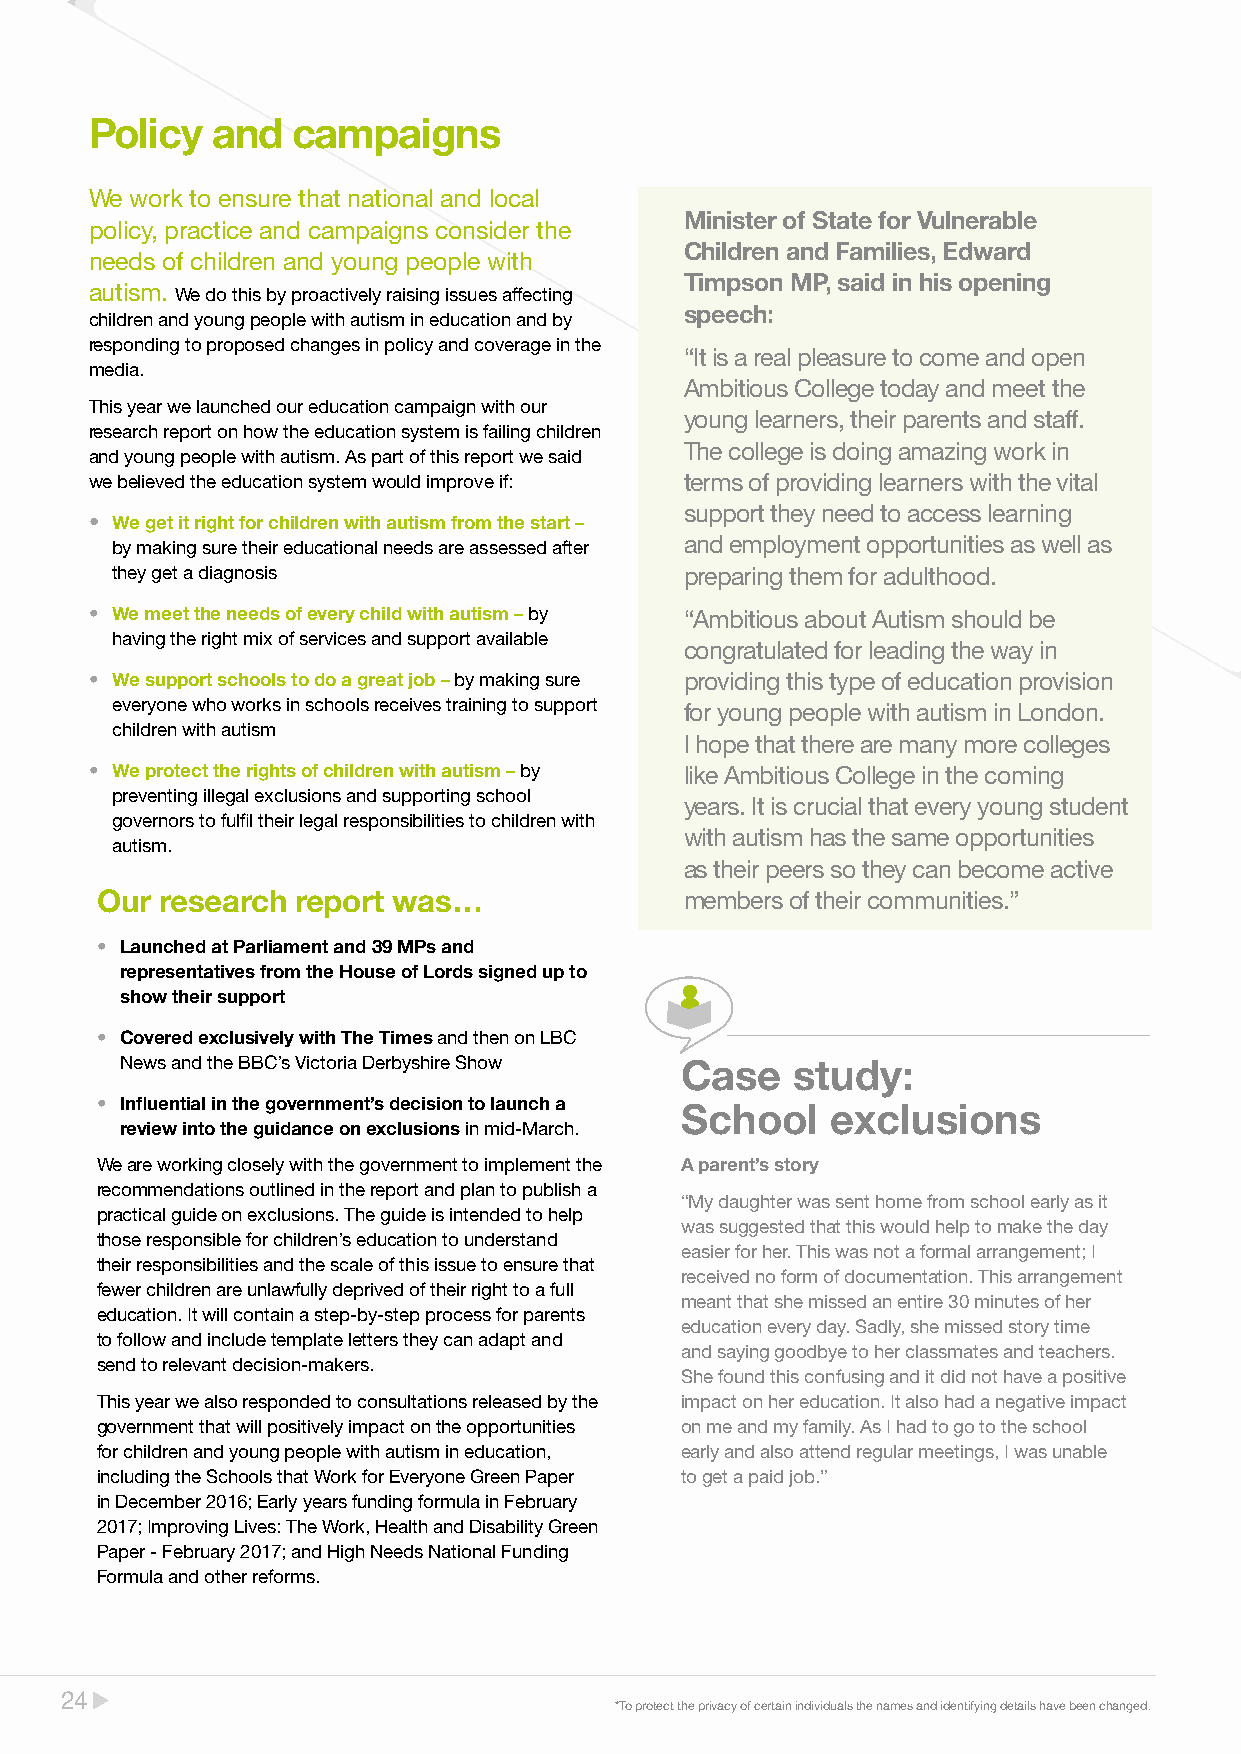
Policy  and  campaigns
 We work to ensure that national and local
 Minister of State for Vulnerable
 policy, practice and campaigns consider the
 Children and Families, Edward
 needs of children and young people with
 Timpson MP, said in his opening
 autism. We do this by proactively raising issues affecting
 speech:
 children and young people with autism in education and by
 responding to proposed changes in policy and coverage in the
 “It is a real pleasure to come and open
 media.
 Ambitious College today and meet the
 This year we launched our education campaign with our
 young learners, their parents and staff.
 research report on how the education system is failing children
 The college is doing amazing work in
 and young people with autism. As part of this report we said
 we believed the education system would improve if: terms of providing learners with the vital
 support they need to access learning
 • We get it right for children with autism from the start –
 by making sure their educational needs are assessed after and employment opportunities as well as
 they get a diagnosis                  preparing them for adulthood.
 • We meet the needs of every child with autism – by “Ambitious about Autism should be
 having the right mix of services and support available
 congratulated for leading the way in
 • We support schools to do a great job – by making sure providing this type of education provision
 everyone who works in schools receives training to support for young people with autism in London.
 children with autism
 I hope that there are many more colleges
 • We protect the rights of children with autism – by like Ambitious College in the coming
 preventing illegal exclusions and supporting school
 years. It is crucial that every young student
 governors to fulfil their legal responsibilities to children with
 with autism has the same opportunities
 autism.
 as their peers so they can become active
 Our  research report was…              members of their communities.”
 • Launched at Parliament and 39 MPs and
 representatives from the House of Lords signed up to
 show their support
 • Covered exclusively with The Times and then on LBC
 News and the BBC’s Victoria Derbyshire Show Case study:
 • Influential in the government’s decision to launch a
 School    exclusions
 review into the guidance on exclusions in mid-March.
 We are working closely with the government to implement the A parent’s story
 recommendations outlined in the report and plan to publish a
 “My daughter was sent home from school early as it
 practical guide on exclusions. The guide is intended to help
 was suggested that this would help to make the day
 those responsible for children’s education to understand
 easier for her. This was not a formal arrangement; I
 their responsibilities and the scale of this issue to ensure that
 received no form of documentation. This arrangement
 fewer children are unlawfully deprived of their right to a full
 meant that she missed an entire 30 minutes of her
 education. It will contain a step-by-step process for parents
 education every day. Sadly, she missed story time
 to follow and include template letters they can adapt and
 and saying goodbye to her classmates and teachers.
 send to relevant decision-makers.
 She found this confusing and it did not have a positive
 This year we also responded to consultations released by the impact on her education. It also had a negative impact
 government that will positively impact on the opportunities on me and my family. As I had to go to the school
 for children and young people with autism in education, early and also attend regular meetings, I was unable
 including the Schools that Work for Everyone Green Paper to get a paid job.”
 in December 2016; Early years funding formula in February
 2017; Improving Lives: The Work, Health and Disability Green
 Paper - February 2017; and High Needs National Funding
 Formula and other reforms.
 2244
 *To protect the privacy of certain individuals the names and identifying details have been changed.